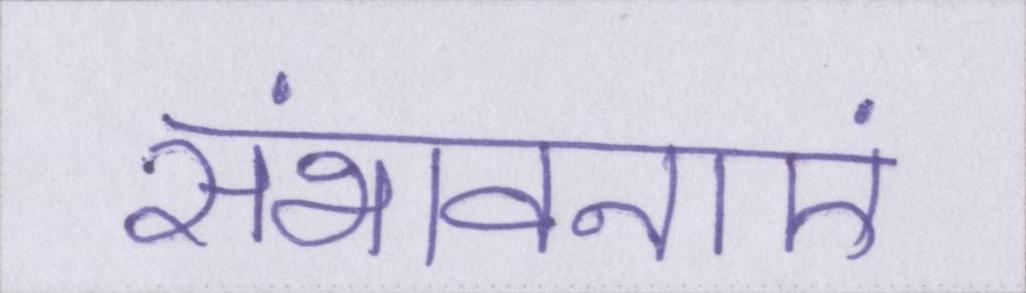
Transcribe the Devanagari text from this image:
संभावनाएं